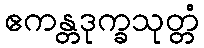
ဧကန္တဒုက္ခသုတ္တံ